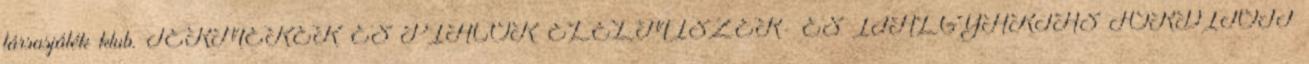
társasjáték klub. TERMÉKEK ÉS PIACOK ÉLELMISZER- ÉS ITALGYÁRTÁS FORDÍTOTT